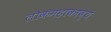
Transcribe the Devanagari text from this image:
लोकमहाकाव्य